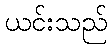
ယင်းသည်